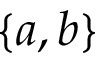
\{ a , b \}